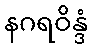
နဂရဝိန္ဒံ